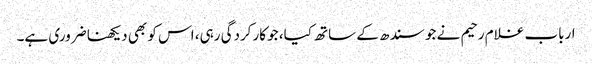
ارباب غلام رحیم نے جو سندھ کے ساتھ کیا، جو کارکردگی رہی، اس کو بھی دیکھنا ضروری ہے۔